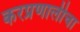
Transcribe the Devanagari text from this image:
करप्रणालीचा